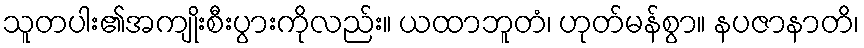
သူတပါး၏အကျိုးစီးပွားကိုလည်း။ ယထာဘူတံ၊ ဟုတ်မန်စွာ။ နပဇာနာတိ၊